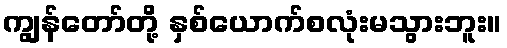
ကျွန်တော်တို့ နှစ်ယောက်စလုံးမသွားဘူး။